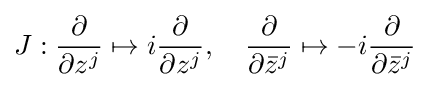
J:{\frac {\partial }{\partial z^{j}}}\mapsto i{\frac {\partial }{\partial z^{j}}},\quad {\frac {\partial }{\partial {\bar {z}}^{j}}}\mapsto -i{\frac {\partial }{\partial {\bar {z}}^{j}}}